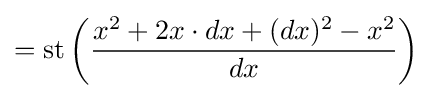
=\operatorname {st} \left({\frac {x^{2}+2x\cdot dx+(dx)^{2}-x^{2}}{dx}}\right)